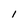
Character: l